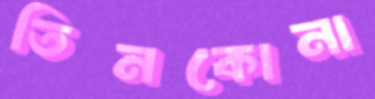
তিনকোনা